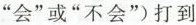
”会”或”不会”)打到